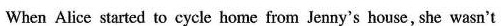
When Alice started to cycle home from Jenny's house, she wasn't